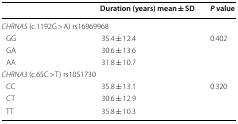
<table><thead><tr><td></td><td><b>Duration (years) mean ± SD</b></td><td><b><i>P</i> value</b></td></tr></thead><tbody><tr><td colspan="3"><i>CHRNA5</i> (c.1192G &gt; A) rs16969968</td></tr><tr><td> GG</td><td>35.4 ± 12.4</td><td rowspan="3">0.402</td></tr><tr><td> GA</td><td>30.6 ± 13.6</td></tr><tr><td> AA</td><td>31.8 ± 10.7</td></tr><tr><td colspan="3"><i>CHRNA3</i> (c.65C &gt; T) rs1051730</td></tr><tr><td> CC</td><td>35.8 ± 13.1</td><td rowspan="3">0.320</td></tr><tr><td> CT</td><td>30.6 ± 12.9</td></tr><tr><td> TT</td><td>35.8 ± 10.3</td></tr></tbody></table>